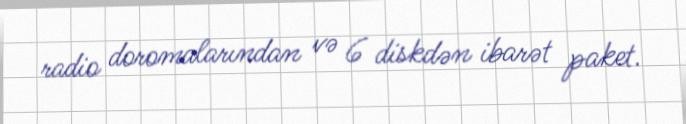
radio doromalarından və 6 diskdən ibarət paket.